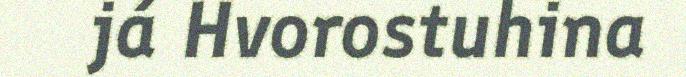
já Hvorostuhina